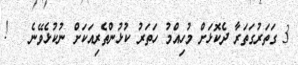
3 ގަތަރުގަތަރާ ދެކޮޅަށް މުހިއްމު ހަތަރު ކުޅުންތެރިއަކަށް ނުކުޅެވޭނެ   !